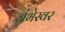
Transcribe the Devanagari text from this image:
जंभेस्वर